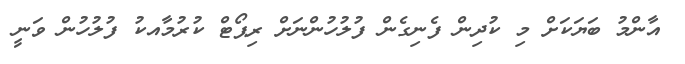
އާންމު ބަޔަކަށް މި ކުދިން ފެނިގެން ފުލުހުންނަށް ރިޕޯޓް ކުރުމާއކު ފުލުހުން ވަނީ